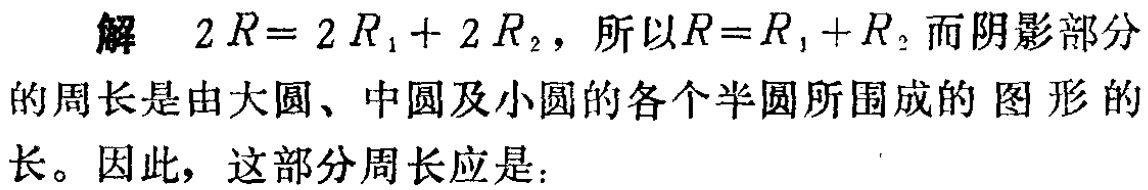
解 \(2R = 2R_1 + 2R_2\)，所以\(R = R_1 + R_2\)而阴影部分的周长是由大圆、中圆及小圆的各个半圆所围成的图形的长。因此，这部分周长应是：